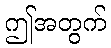
ဤအတွက်